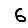
Digit: 6